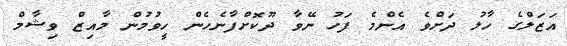
އަޒަލްގެ ހާލު ދަށްވެ އެންމެ ފަހު ނޭވާ ދޫކޮށްފާނެހެން ހީވުމުން މާއިޒް ވިޝާމް